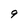
Character: 9